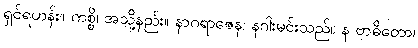
ရှင်ရဟန်း။ ကစ္စိ၊ အသို့နည်း။ နာဂရာဇေန၊ နဂါးမင်းသည်။ န ဗာဓိတော၊